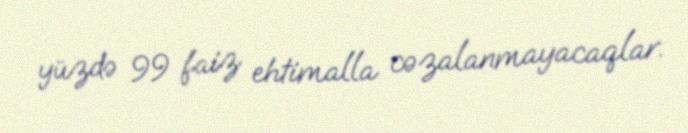
yüzdə 99 faiz ehtimalla cəzalanmayacaqlar.